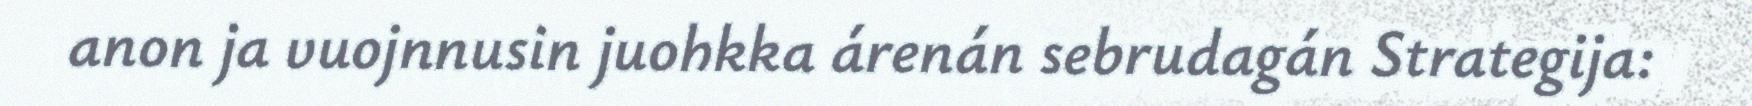
anon ja vuojnnusin juohkka árenán sebrudagán Strategija: